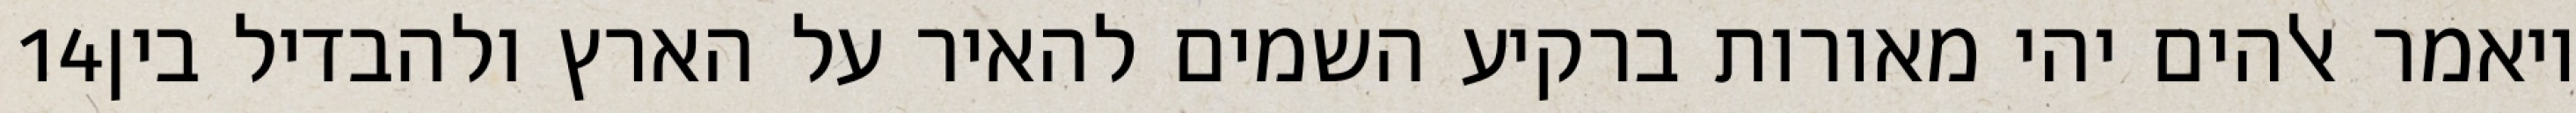
‎14‏ ויאמר אלהים יהי מאורות ברקיע השמים להאיר על הארץ ולהבדיל בין